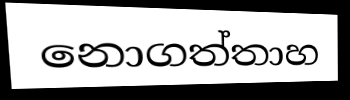
නොගත්තාහ